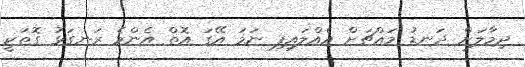
ދިމާލަށް ދަނޑު މައްޗަށް އެއްލައިފި ނަމަ އޭގަ އޮތް އެންމެ ރަނގަޅު ގޮތަކީ